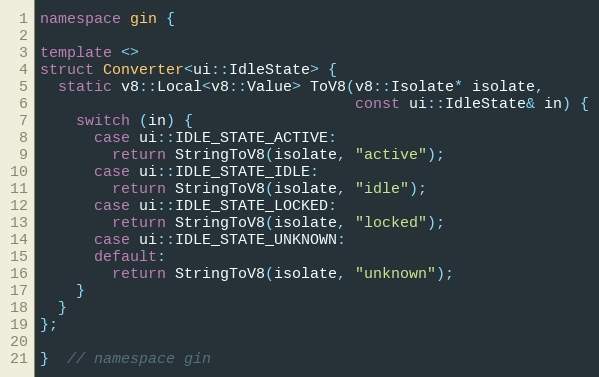
Language: C++
namespace gin {

template <>
struct Converter<ui::IdleState> {
  static v8::Local<v8::Value> ToV8(v8::Isolate* isolate,
                                   const ui::IdleState& in) {
    switch (in) {
      case ui::IDLE_STATE_ACTIVE:
        return StringToV8(isolate, "active");
      case ui::IDLE_STATE_IDLE:
        return StringToV8(isolate, "idle");
      case ui::IDLE_STATE_LOCKED:
        return StringToV8(isolate, "locked");
      case ui::IDLE_STATE_UNKNOWN:
      default:
        return StringToV8(isolate, "unknown");
    }
  }
};

}  // namespace gin